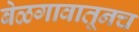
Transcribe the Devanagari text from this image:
बेळगावातूनच